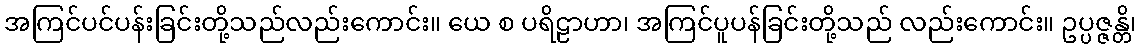
အကြင်ပင်ပန်းခြင်းတို့သည်လည်းကောင်း။ ယေ စ ပရိဠာဟာ၊ အကြင်ပူပန်ခြင်းတို့သည် လည်းကောင်း။ ဥပ္ပဇ္ဇန္တိ၊